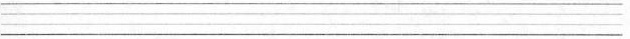
___